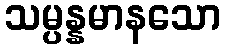
သမ္ပန္နမာနသော